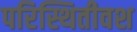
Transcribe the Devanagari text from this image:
परिस्थितीवश